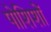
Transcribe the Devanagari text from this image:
पोशिशों